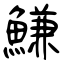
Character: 鰜